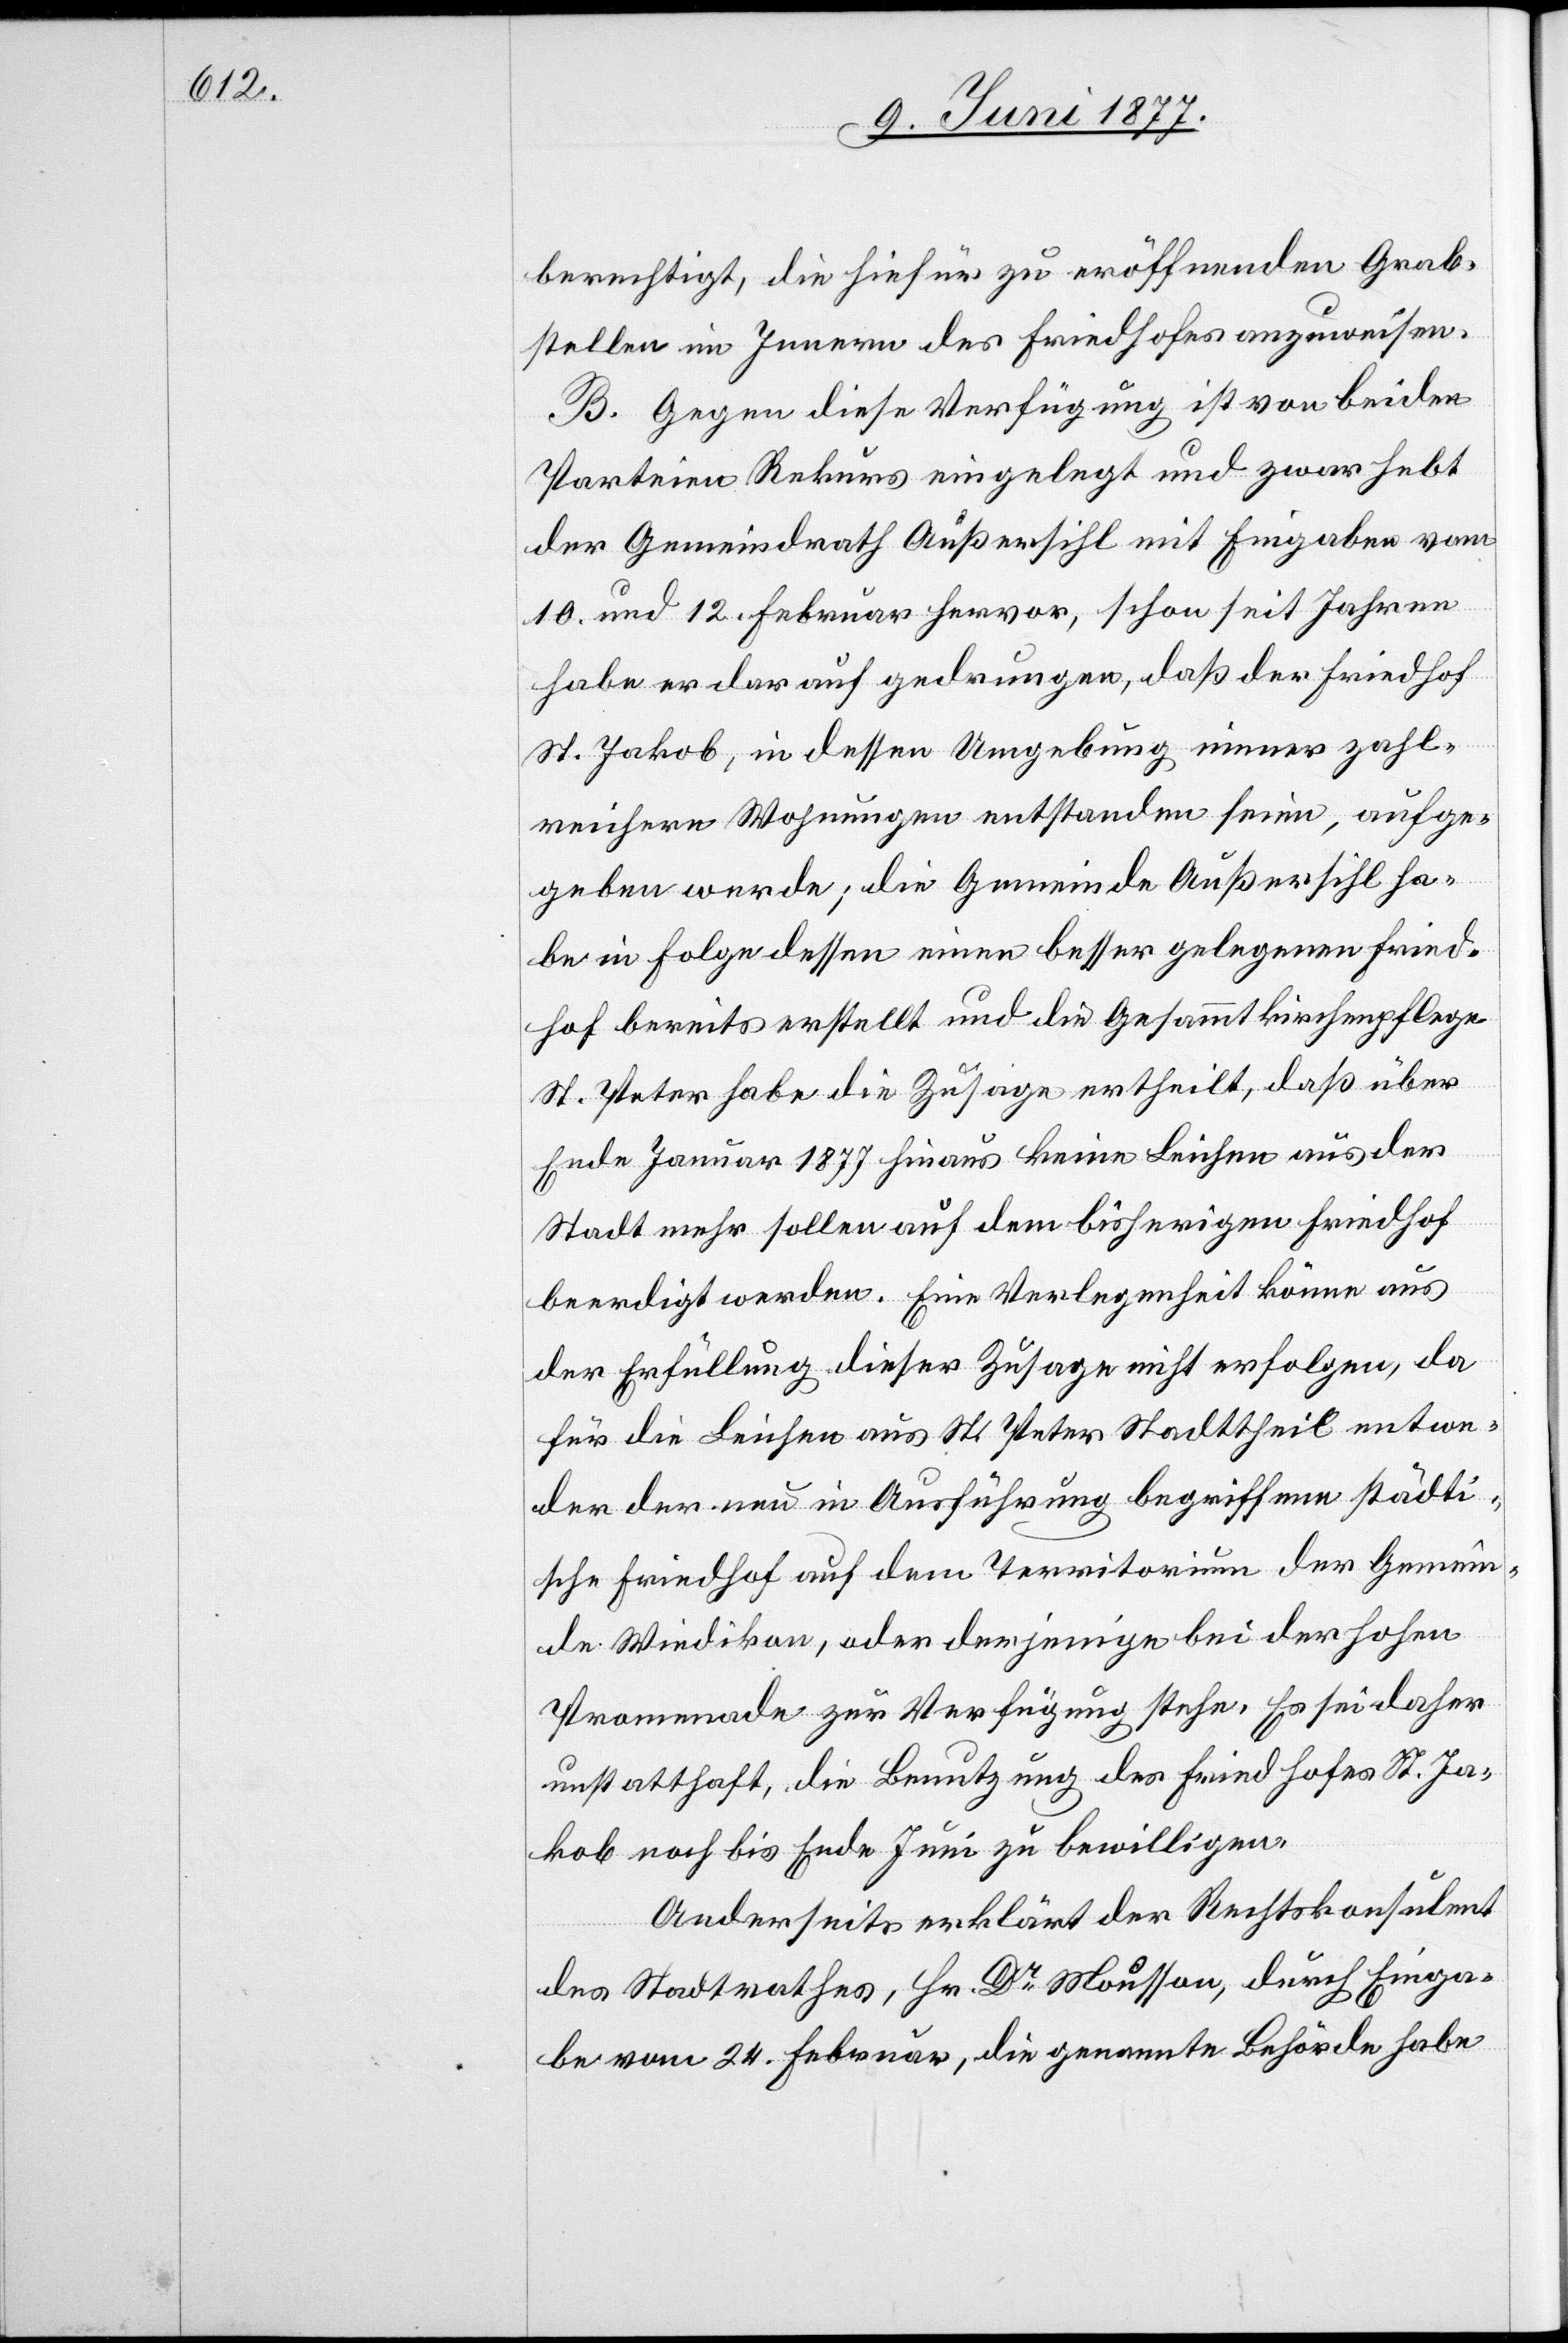
berechtigt, die hiefür zu eröffnenden Grab¬
stellen im Innern des Friedhofes anzuweisen.
B. Gegen diese Verfügung ist von beiden
Parteien Rekurs eingelegt und zwar hebt
der Gemeindrath Außersihl mit Eingaben vom
10. und 12. Februar hervor, schon seit Jahren
habe er darauf gedrungen, daß der Friedhof
St. Jakob, in dessen Umgebung immer zahl¬
reichere Wohnungen entstanden seien, aufge¬
geben werde; die Gemeinde Außersihl ha¬
be in Folge dessen einen besser gelegenen Fried¬
hof bereits erstellt und die Gesammtkirchenpflege
St. Peter habe die Zusage ertheilt, daß über
Ende Januar 1877 hinaus keine Leichen aus der
Stadt mehr sollen auf dem bisherigen Friedhof
beerdigt werden. Eine Verlegenheit könne aus
der Erfüllung dieser Zusage nicht erfolgen, da
für die Leichen aus St. Peter Stadttheil entwe¬
der der neu in Ausführung begriffene städti¬
sche Friedhof auf dem Territorium der Gemein¬
de Wiedikon, oder derjenige bei der hohen
Promenade zur Verfügung stehe. Es sei daher
unstatthaft, die Benutzung des Friedhofes St. Ja¬
kob noch bis Ende Juni zu bewilligen.
Anderseits erklärt der Rechtskonsulent
des Stadtrathes, Hr. Dr Mousson, durch Einga¬
be vom 24. Februar, die genannte Behörde habe